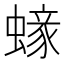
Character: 𧏹